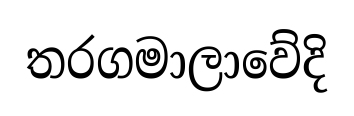
තරගමාලාවේදි